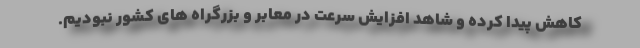
کاهش پیدا کرده و شاهد افزایش سرعت در معابر و بزرگراه های کشور نبودیم.